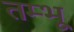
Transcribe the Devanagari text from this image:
तम्भू